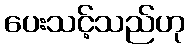
ပေးသင့်သည်ဟု